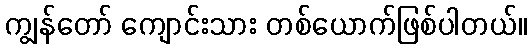
ကျွန်တော် ကျောင်းသား တစ်ယောက်ဖြစ်ပါတယ်။